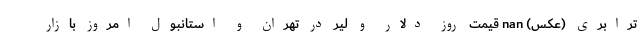
ترابری (عکس) nan قیمت روز دلار و لیر در تهران و استانبول امروز بازار